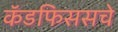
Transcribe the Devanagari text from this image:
कॅडफिससचे